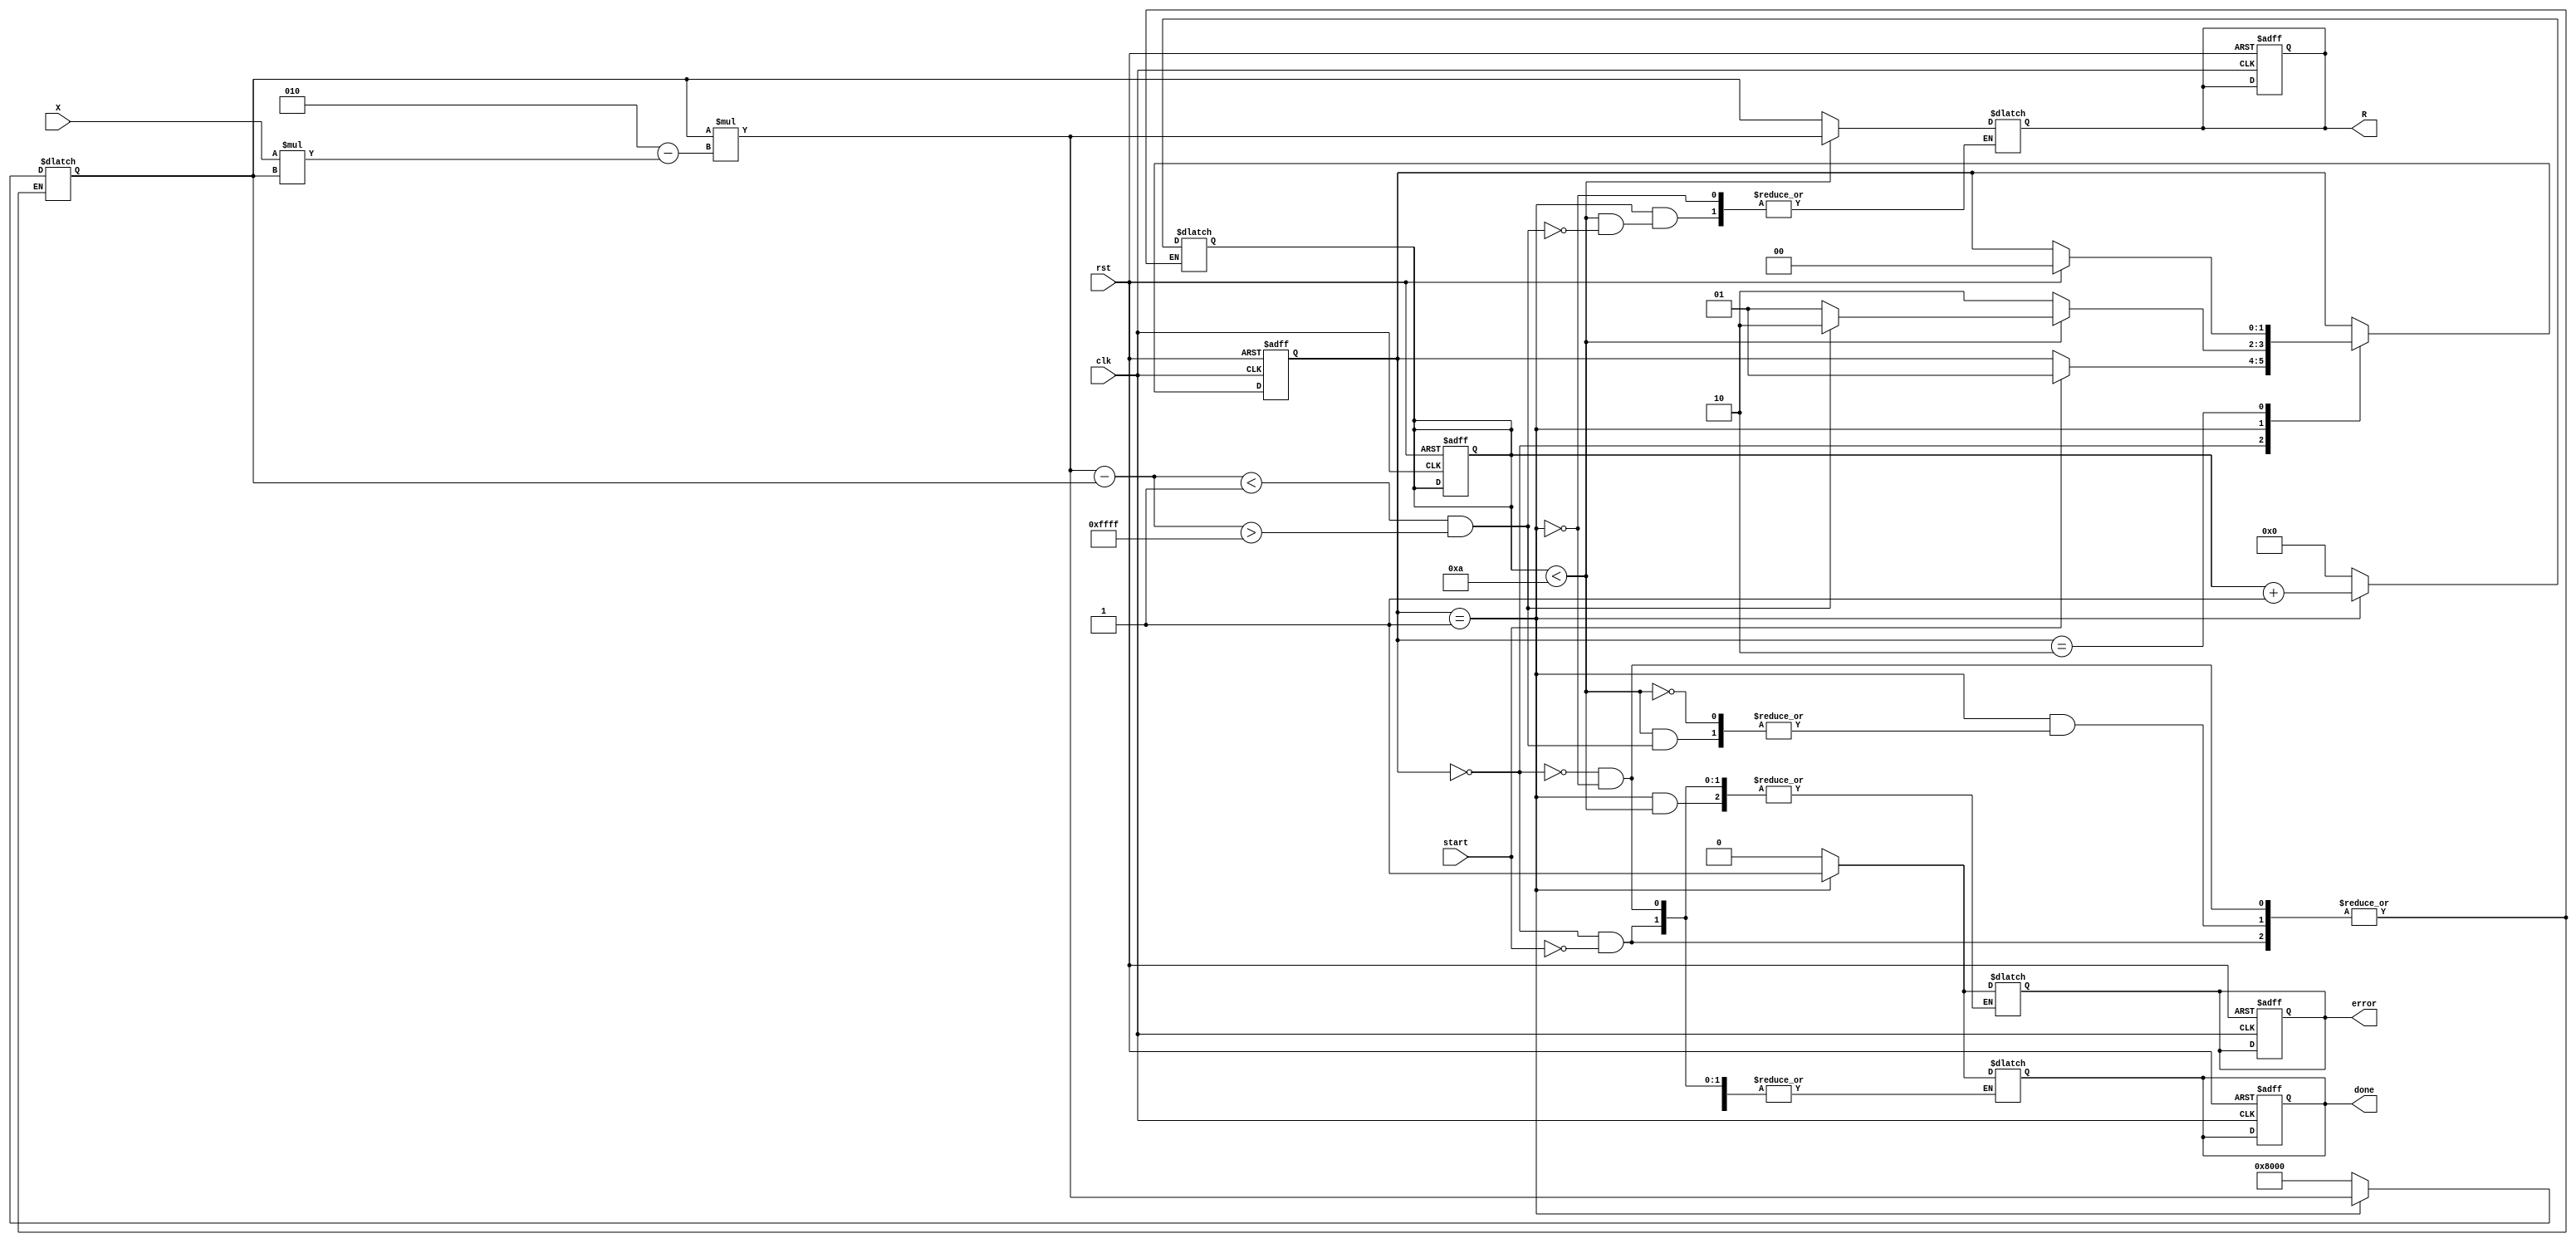
module NewtonRaphsonReciprocal #(
    parameter WIDTH = 16,          // Bit width for fixed-point representation
    parameter MAX_ITERATIONS = 10, // Maximum number of iterations
    parameter THRESHOLD = 16'h0001  // Convergence threshold
)(
    input wire clk,
    input wire rst,
    input wire start,
    input wire signed [WIDTH-1:0] X, // Input value (normalized)
    output reg signed [WIDTH-1:0] R,  // Reciprocal output
    output reg done,                   // Done signal
    output reg error                   // Error flag
);

    reg signed [WIDTH-1:0] Y;          // Current estimate
    reg signed [WIDTH-1:0] Y_next;     // Next estimate
    reg [3:0] N;                       // Iteration count
    reg [1:0] state;                   // FSM State
    reg [1:0] next_state;              // Next state

    localparam STATE_INIT = 2'd0;
    localparam STATE_ITERATE = 2'd1;
    localparam STATE_DONE = 2'd2;

    // FSM to control the computation
    always @(posedge clk or posedge rst) begin
        if (rst) begin
            state <= STATE_INIT;
            done <= 1'b0;
            error <= 1'b0;
            N <= 4'd0;
            R <= {WIDTH{1'b0}};
        end else begin
            state <= next_state;
        end
    end

    // State transitions and computations
    always @(*) begin
        next_state = state;
        case (state)
            STATE_INIT: begin
                if (start) begin
                    Y <= {WIDTH{1'b0}} + (WIDTH'h1 << (WIDTH - 1)); // Initial guess Y0 = 1
                    N <= 4'd0;
                    done <= 1'b0;
                    error <= 1'b0;
                    next_state = STATE_ITERATE;
                end
            end

            STATE_ITERATE: begin
                if (N < MAX_ITERATIONS) begin
                    Y_next = Y * (2 - X * Y); // Newton-Raphson iteration
                    // Check for convergence
                    if (Y_next - Y < THRESHOLD && Y_next - Y > -THRESHOLD) begin
                        R <= Y_next;
                        done <= 1'b1;
                        next_state = STATE_DONE;
                    end else begin
                        Y <= Y_next;
                        N <= N + 1;
                        next_state = STATE_ITERATE;
                    end
                end else begin
                    // Max iterations reached
                    R <= Y; // Output last estimate
                    error <= 1'b1; // Set error flag
                    done <= 1'b1;
                    next_state = STATE_DONE;
                end
            end

            STATE_DONE: begin
                // Stay in done state until reset
                if (rst) begin
                    next_state = STATE_INIT;
                end
            end
        endcase
    end

endmodule